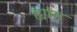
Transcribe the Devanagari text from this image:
ह्यांग